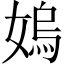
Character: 𡠄